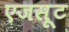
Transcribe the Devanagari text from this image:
एजसूट